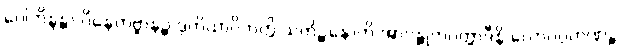
ဝေါဘိန္ဒန္တာ ဝိနေတဗ္ဗာနဉ္စ ဒုတိယာဝိဘတ္တိ သကိဉ္စနောတိ အာဂန္တုကဝတ္တာဒီနိ လောပဂ္ဂဟဏဉ္စ